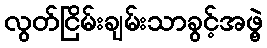
လွတ်ငြိမ်းချမ်းသာခွင့်အဖွဲ့